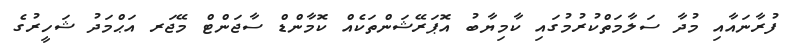
ފުރާނައާއި މުދާ ސަލާމަތްކުރުމުގައި ކާމިޔާބު އޮޕަރޭޝަންތަކެއް ކޮމާންޑް ސާޖަންޓް މޭޖަރ އަޙްމަދު ޝަހީރުގެ